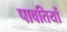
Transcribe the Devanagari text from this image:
पावतियों